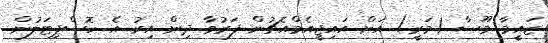
ޒައީމާ މޫސާ (މަރީ) އަށް އައިޖީއެމްއެޗުން ފަރުވާ ދިން އިރު އެ ހޮސްޕިޓަލުން